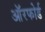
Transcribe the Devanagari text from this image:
ऑरफोर्ड